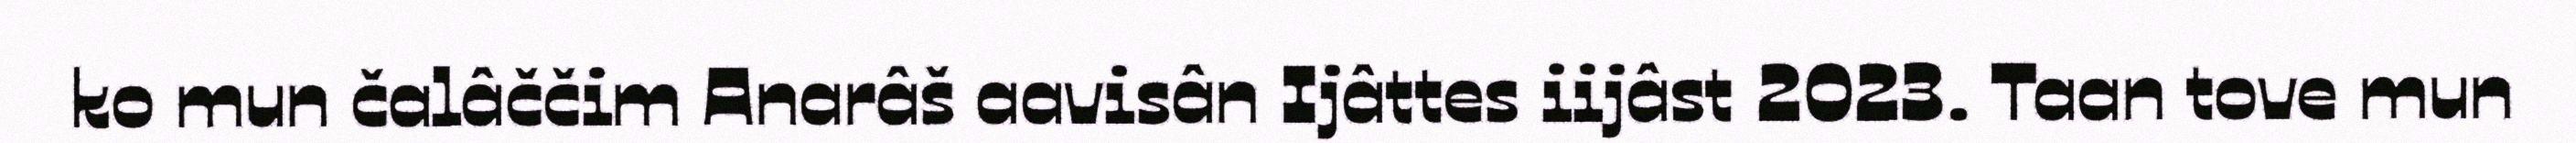
ko mun čalâččim Anarâš aavisân Ijâttes iijâst 2023. Taan tove mun